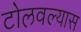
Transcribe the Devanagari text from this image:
टोलवल्यास